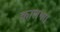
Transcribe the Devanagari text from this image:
कालथा।